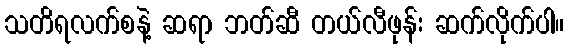
သတိရလက်စနဲ့ ဆရာ ဘတ်ဆီ တယ်လီဖုန်း ဆက်လိုက်ပါ။